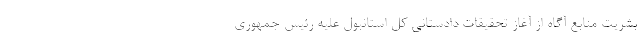
بشریت منابع آگاه از آغاز تحقیقات دادستانی کل استانبول علیه رئیس جمهوری